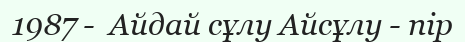
1987 -  Айдай сұлу Айсұлу - пір